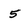
Character: 5